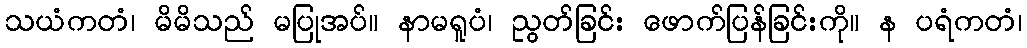
သယံကတံ၊ မိမိသည် မပြုအပ်။ နာမရူပံ၊ ညွတ်ခြင်း ဖောက်ပြန်ခြင်းကို။ န ပရံကတံ၊